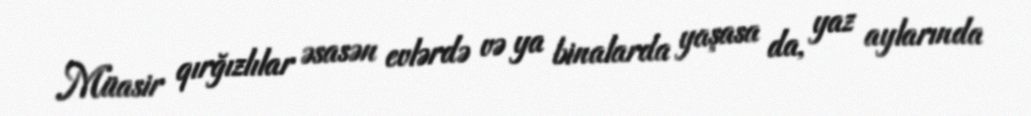
Müasir qırğızlılar əsasən evlərdə və ya binalarda yaşasa da, yaz aylarında